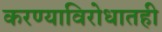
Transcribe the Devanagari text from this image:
करण्याविरोधातही